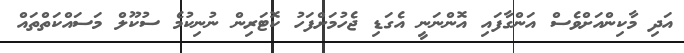
އަދި މާކިންއަށްވެސް އަންގާފައި އޮންނަނީ އެގަޑި ޖެހުމަށްފަހު ކޮޓަރިން ނުނިކުމެ ސުކޫލް މަސައްކަތްތައް